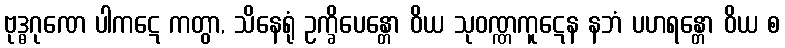
ဗုဒ္ဓဂုဏေ ပါကဋေ ကတွာ, သိနေရုံ ဥက္ခိပေန္တော ဝိယ သုဝဏ္ဏကူဋေန နဘံ ပဟရန္တော ဝိယ စ